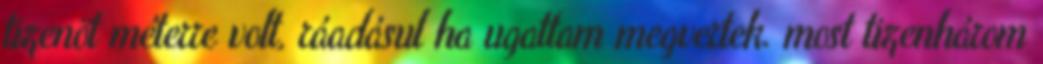
tizenöt méterre volt, ráadásul ha ugattam megvertek. most tizenhárom